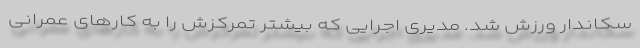
سکاندار ورزش شد. مدیری اجرایی که بیشتر تمرکزش را به کارهای عمرانی